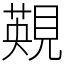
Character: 䚆